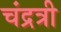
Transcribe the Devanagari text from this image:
चंद्रत्री